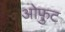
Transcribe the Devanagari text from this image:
ओफुट